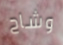
وشاح